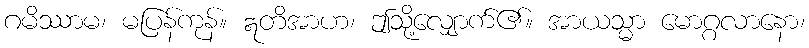
ဂမိဿာမ၊ မပြန်ကုန်။ ဣတိအာဟ၊ ဤသို့လျှောက်၏။ အာယသ္မာ မောဂ္ဂလာနော၊